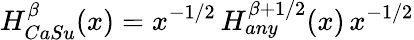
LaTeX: H_{CaSu}^{\beta}(x)=x^{-1/2}\, H_{any}^{\beta+1/2}(x)\, x^{-1/2}